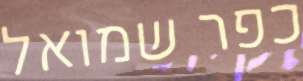
כפר שמואל